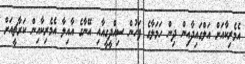
އެމެރިކާއަށް އަލްގައިދާއިން ދިން ހަމަލާގެ ފަހުން ސިއްދީގީއާއި އޭނާގެ އާއިލާ އެމެރިކާއިން ކަރާޗީއަށް